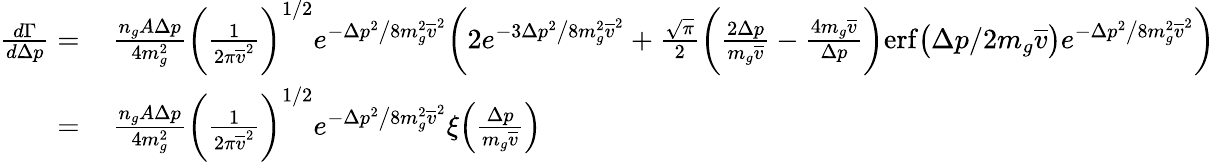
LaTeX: \begin{array}{rl}{\frac{d\Gamma}{d\Delta p}=}&{\, \frac{n_{g}A\Delta p}{4m_{g}^{2}}\bigg(\frac{1}{2\pi\overline{{v}}^{2}}\bigg)^{1/2}e^{-\Delta p^{2}\big/8m_{g}^{2}\overline{{v}}^{2}}\bigg(2e^{-3\Delta p^{2}\big/8m_{g}^{2}\overline{{v}}^{2}}+\frac{\sqrt{\pi}}{2}\bigg(\frac{2\Delta p}{m_{g}\overline{{v}}}-\frac{4m_{g}\overline{{v}}}{\Delta p}\bigg)\mathrm{erf}\big(\Delta p/2m_{g}\overline{{v}}\big)e^{-\Delta p^{2}\big/8m_{g}^{2}\overline{{v}}^{2}}\bigg)}\\ {=}&{\, \frac{n_{g}A\Delta p}{4m_{g}^{2}}\bigg(\frac{1}{2\pi\overline{{v}}^{2}}\bigg)^{1/2}e^{-\Delta p^{2}\big/8m_{g}^{2}\overline{{v}}^{2}}\xi\Big(\frac{\Delta p}{m_{g}\overline{{v}}}\Big)}\end{array}